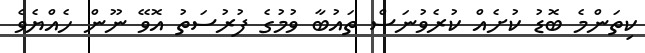
ކިތަންމެ ބޮޑު ކުށެއް ކުރެވުނަސް ތައުބާ ވުމުގެ ފުރުސަތު އޮވޭ ނޫން ހެއްޔެވެ